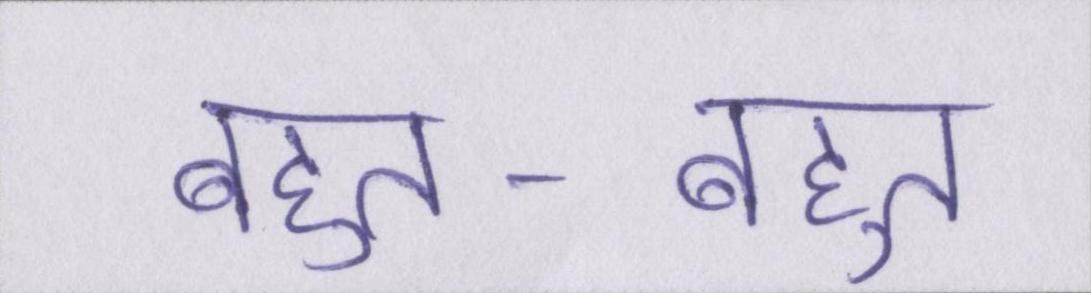
बहुत-बहुत